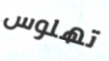
تهلوس